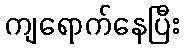
ကျရောက်နေပြီး